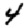
Digit: 4